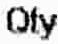
QTY